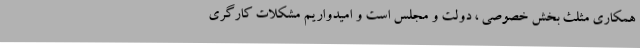
همکاری مثلث بخش خصوصی ، دولت و مجلس است و امیدواریم مشکلات کارگری